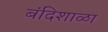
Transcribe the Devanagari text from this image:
बंदिशाळा